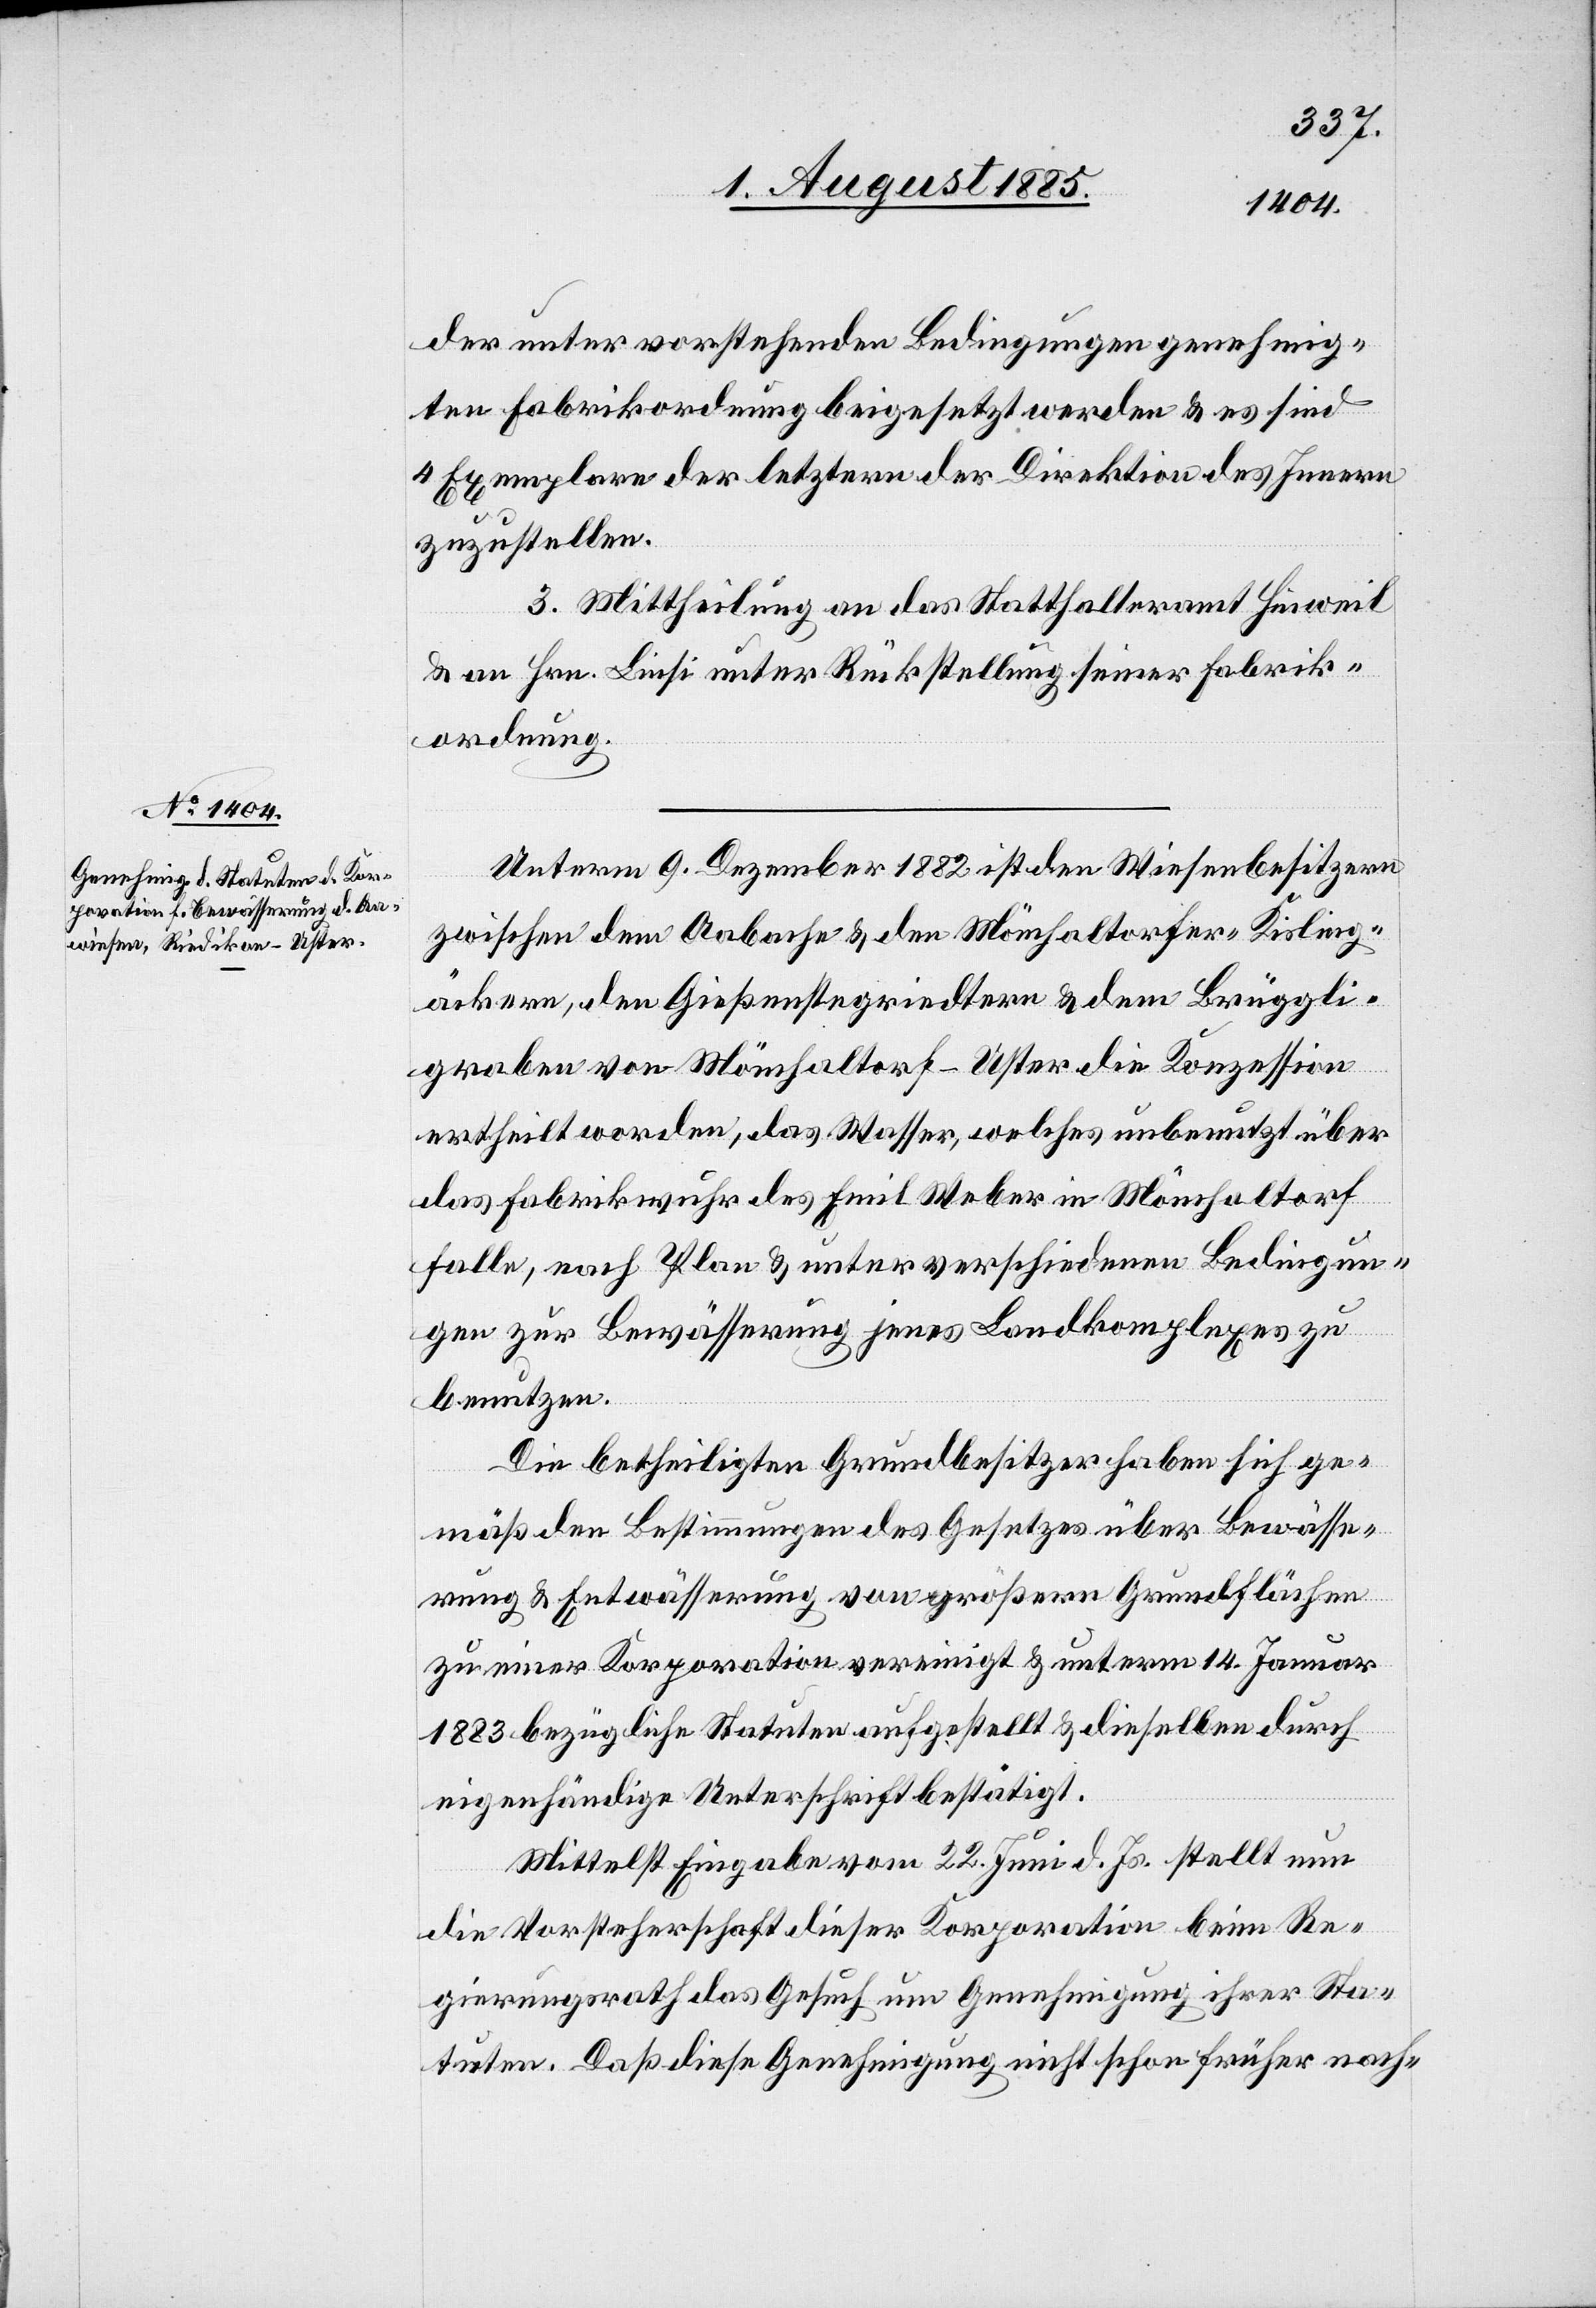
der unter vorstehenden Bedingungen genehmig¬
ten Fabrikordnung beigesetzt werden & es sind
4 Exemplare der letztern der Direktion des Innern
zuzustellen.
3. Mittheilung an das Statthalteramt Hinweil
& an Hrn. Linsi unter Rückstellung seiner Fabrik¬
ordnung.
Unterm 9. Dezember 1882 ist den Wiesenbesitzern
zwischen dem Aabache & den Mönchaltorfer-Kisling¬
äckern, den Gießenstegriedtern & dem Brüggli¬
graben von Mönchaltorf - Uster die Konzession
ertheilt worden, das Wasser, welches unbenutzt über
das Fabrikwuhr des Emil Weber in Mönchaltorf
falle, nach Plan & unter verschiedenen Bedingun¬
gen zur Bewässerung jenes Landkomplexes zu
benutzen.
Die betheiligten Grundbesitzer haben sich ge¬
mäß den Bestimmungen des Gesetzes über Bewässe¬
rung & Entwässerung von größern Grundflächen
zu einer Korporation vereinigt & unterm 14. Januar
1883 bezügliche Statuten aufgestellt & dieselben durch
eigenhändige Unterschrift bestätigt.
Mittelst Eingabe vom 22. Juni d. Js. stellt nun
die Vorsteherschaft dieser Korporation beim Re¬
gierungsrath das Gesuch um Genehmigung ihrer Sta¬
tuten. Daß diese Genehmigung nicht schon früher nach-